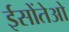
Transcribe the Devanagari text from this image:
ईसोंतेओ